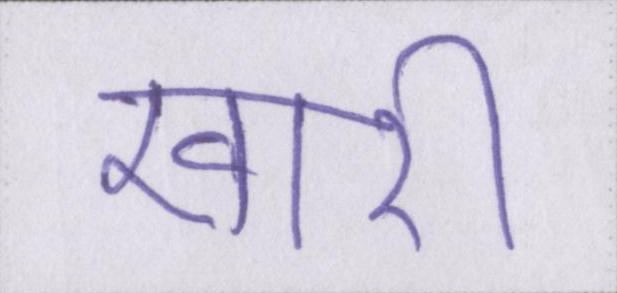
खारी